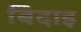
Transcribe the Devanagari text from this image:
बिदाइ